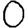
Digit: 0